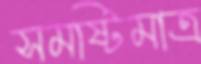
সমষ্টিমাত্র